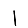
Digit: 1